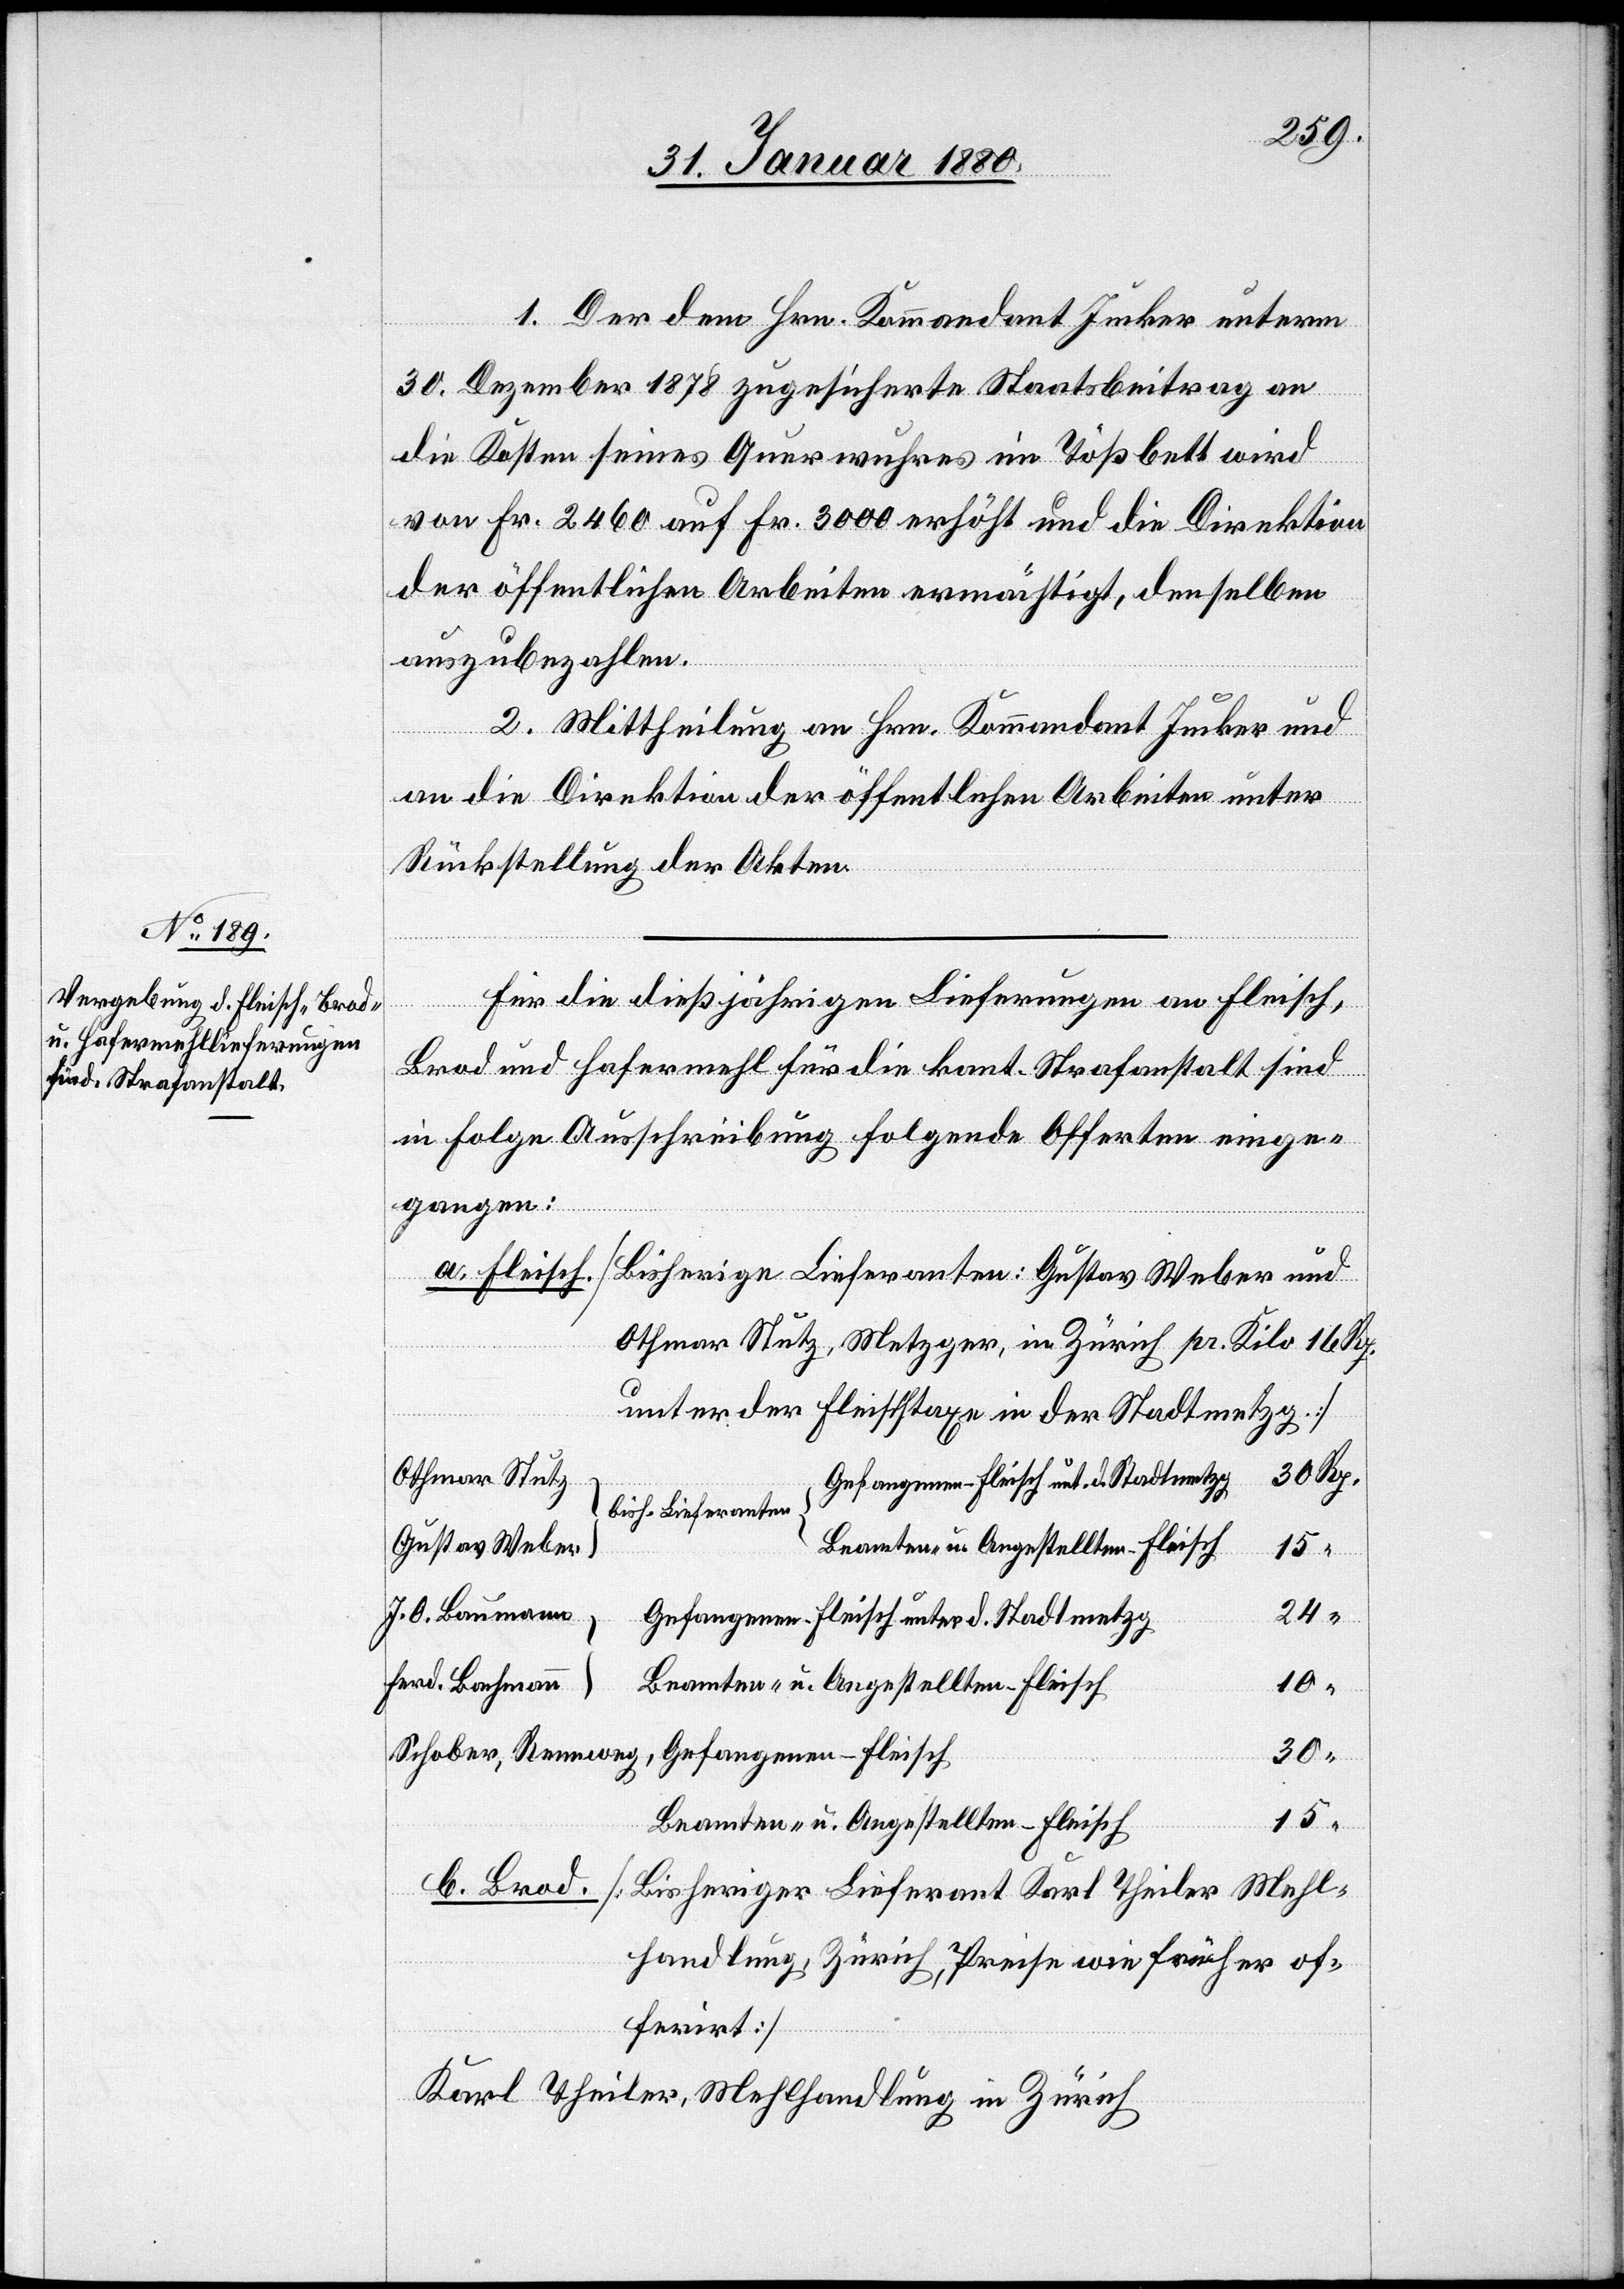
1. Der dem Hrn. Kommandant Jucker unterm
30. Dezember 1878 zugesicherte Staatsbeitrag an
die Kosten seines Querwuhres im Tößbett wird
von Fr. 2460 auf Fr. 3000 erhöht und die Direktion
der öffentlichen Arbeiten ermächtigt, denselben
auszubezahlen.
2. Mittheilung an Hrn. Kommandant Jucker und
an die Direktion der öffentlichen Arbeiten unter
Rückstellung der Akten.
Für die dießjährigen Lieferungen an Fleisch,
Brod und Hafermehl für die kant. Strafanstalt sind
in Folge Ausschreibung folgende Offerten einge¬
gangen:
“
a. Fleisch [Bisherige Lieferanten: Gustav Weber und
Othmar Stutz, Metzger, in Zürich pr. Kilo 16 Rp.
unter der Fleischtaxe in der Stadtmetzg.]
Othmar Stutz
Gefangenen-Fleisch unt. d. Stadtmetzg
bish. Lieferanten
Gustav Weber
15
J. O. Baumann
Gefangenen-Fleisch unter d. Stadtmetzg
Ferd. Bachmann
10
Beamten- u. Angestellten Fleisch
Gefangenen-Fleisch
Schober, Rennweg,
15
Beamten- u. Angestellten-Fleisch
b. Brod [Bisheriger Lieferant Karl Theiler Mehl¬
handlung, Zürich, Preise wie früher of¬
ferirt]
Karl Theiler, Mehlhandlung in Zürich